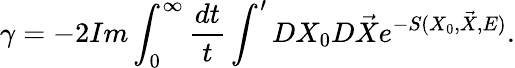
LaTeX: \gamma=-2Im\int_{0}^{\infty}\frac{dt}{t}\int^{\prime}DX_{0}D\vec{X}e^{-S(X_{0},\vec{X},E)}.